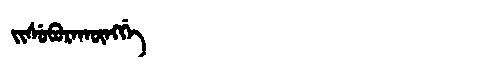
Manchu: ᠵᡳᠰᡠᠪᡠᡵᠠᡴᡡᠩᡤᡝ
Romanization: JISUBURAKŪNGGE